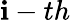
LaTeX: \mathbf{i}-th